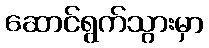
ဆောင်ရွက်သွားမှာ